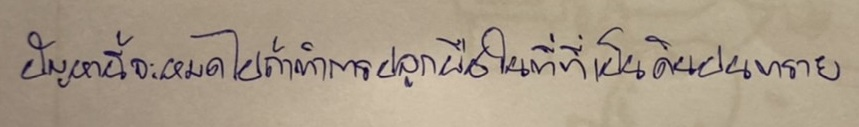
ปัญหานี้จะหมดไปถ้าทำการปลูกพืชในที่ที่เป็นดินปนทราย